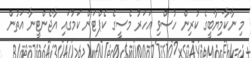
މި ނާކާމިޔާބީގެ ކުރިން ހުސްވި އަހަރު މެސީގެ ކެޕްޓަން ކަމުގައި އާޖެންޓީނާ އަތުން